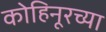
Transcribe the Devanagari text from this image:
कोहिनूरच्या